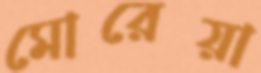
মোরেয়া